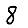
Digit: 8